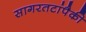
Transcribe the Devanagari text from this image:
सागरतटांपैकी